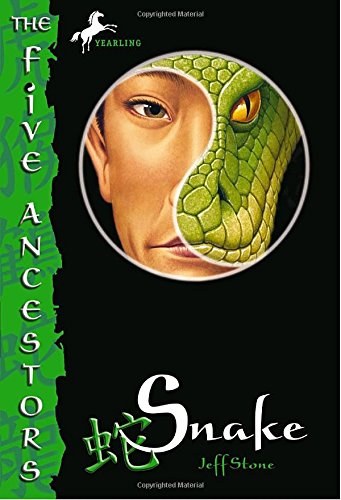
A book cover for Snake (The Five Ancestors, Book 3); Jeff Stone; Children's Books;